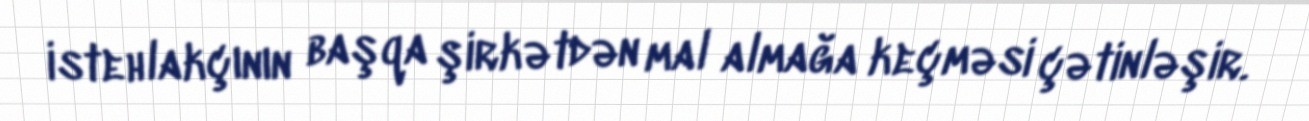
istehlakçının başqa şirkətdən mal almağa keçməsi çətinləşir.